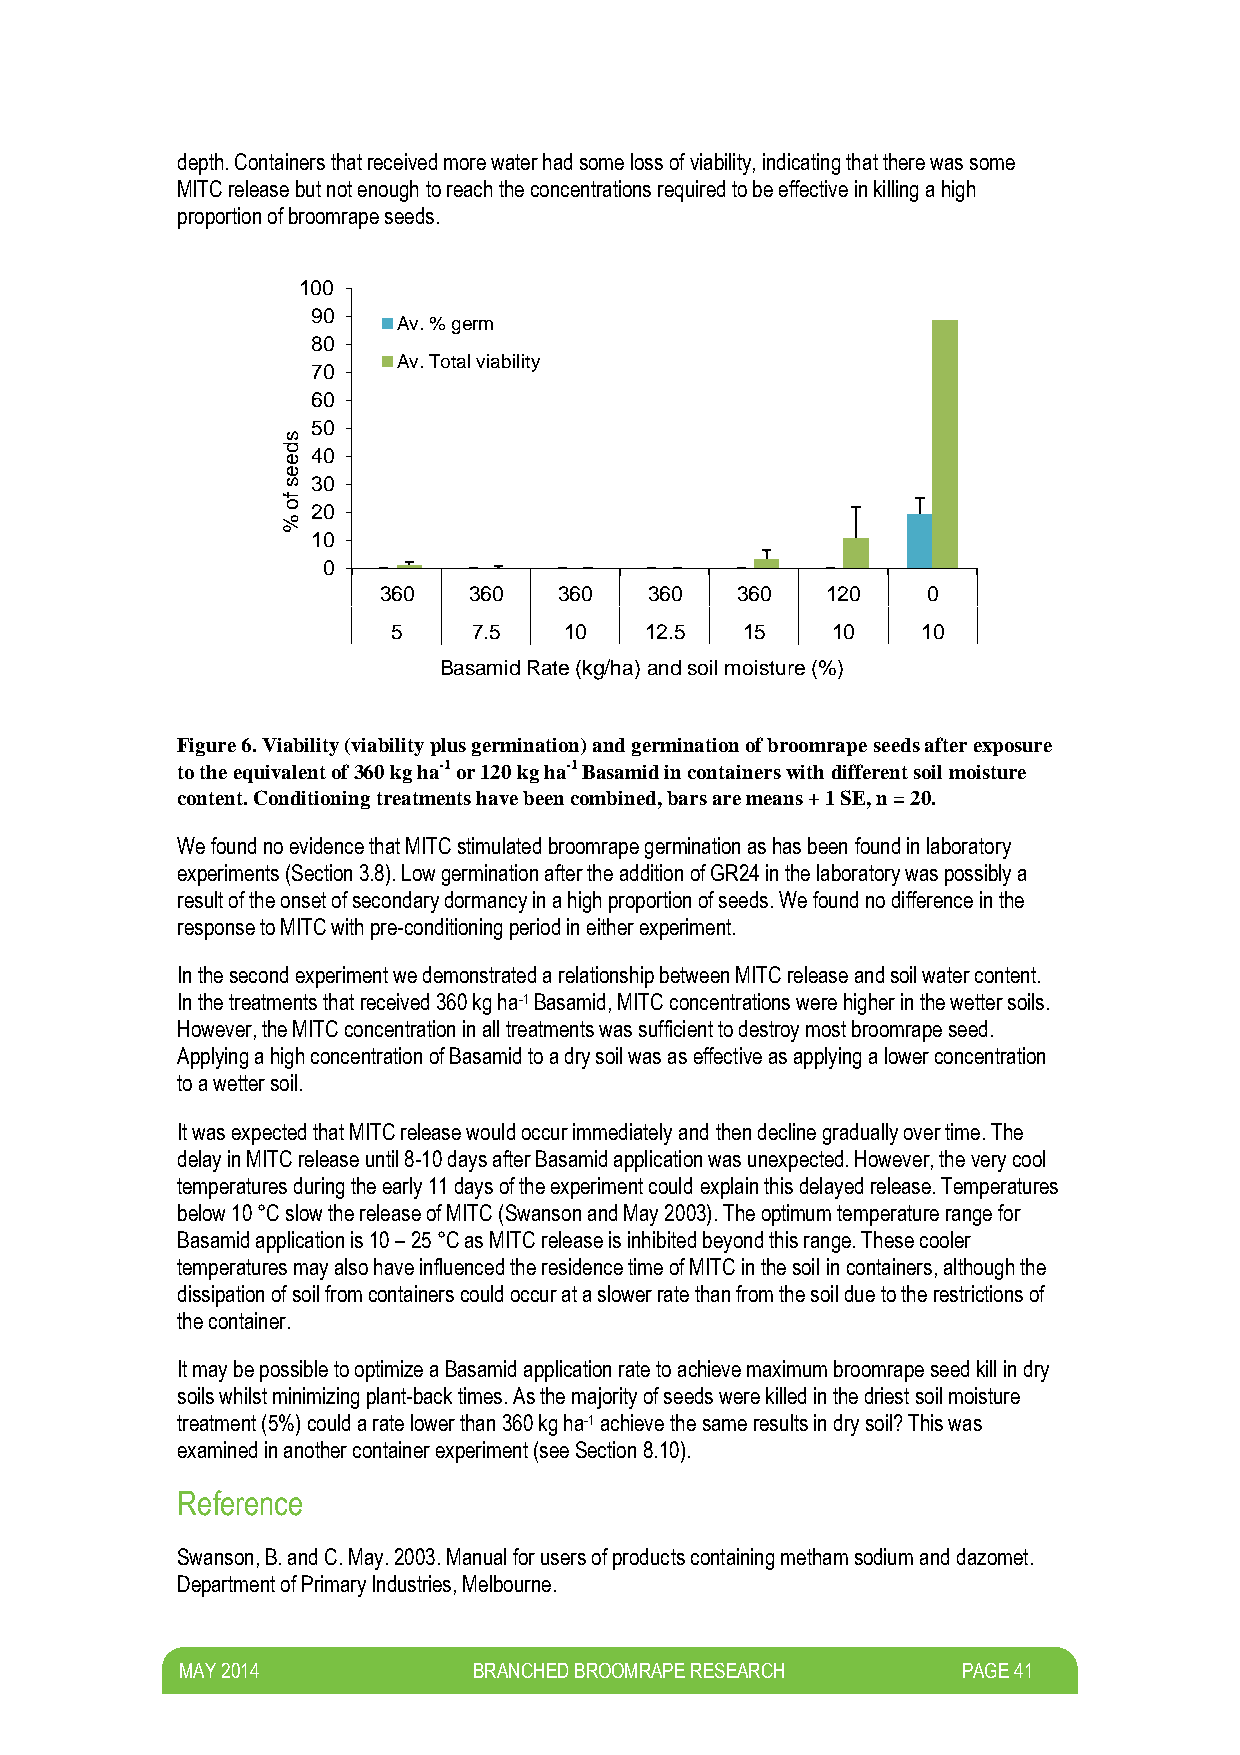
depth. Containers that received more water had some loss of viability, indicating that there was some
 MITC release but not enough to reach the concentrations required to be effective in killing a high
 proportion of broomrape seeds.
 100
 90
 Av. % germ
 80
 Av. Total viability
 70
 60
 50
 s
 d e 40
 e
 s 30
 fo
 %
 20
 10
 0
 360   360   360   360   360   120   0
 5    7.5   10    12.5  15    10    10
 Basamid Rate (kg/ha) and soil moisture (%)
 Figure 6. Viability (viability plus germination) and germination of broomrape seeds after exposure
 to the equivalent of 360 kg ha-1 or 120 kg ha-1 Basamid in containers with different soil moisture
 content. Conditioning treatments have been combined, bars are means + 1 SE, n = 20.
 We found no evidence that MITC stimulated broomrape germination as has been found in laboratory
 experiments (Section 3.8). Low germination after the addition of GR24 in the laboratory was possibly a
 result of the onset of secondary dormancy in a high proportion of seeds. We found no difference in the
 response to MITC with pre-conditioning period in either experiment.
 In the second experiment we demonstrated a relationship between MITC release and soil water content.
 In the treatments that received 360 kg ha-1 Basamid, MITC concentrations were higher in the wetter soils.
 However, the MITC concentration in all treatments was sufficient to destroy most broomrape seed.
 Applying a high concentration of Basamid to a dry soil was as effective as applying a lower concentration
 to a wetter soil.
 It was expected that MITC release would occur immediately and then decline gradually over time. The
 delay in MITC release until 8-10 days after Basamid application was unexpected. However, the very cool
 temperatures during the early 11 days of the experiment could explain this delayed release. Temperatures
 below 10 °C slow the release of MITC (Swanson and May 2003). The optimum temperature range for
 Basamid application is 10 – 25 °C as MITC release is inhibited beyond this range. These cooler
 temperatures may also have influenced the residence time of MITC in the soil in containers, although the
 dissipation of soil from containers could occur at a slower rate than from the soil due to the restrictions of
 the container.
 It may be possible to optimize a Basamid application rate to achieve maximum broomrape seed kill in dry
 soils whilst minimizing plant-back times. As the majority of seeds were killed in the driest soil moisture
 treatment (5%) could a rate lower than 360 kg ha-1 achieve the same results in dry soil? This was
 examined in another container experiment (see Section 8.10).
 Reference
 Swanson, B. and C. May. 2003. Manual for users of products containing metham sodium and dazomet.
 Department of Primary Industries, Melbourne.
 M AY 2014          BRANCHED BROOMRAPE RESEARCH      PAGE 41